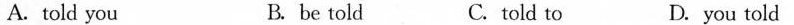
A. told you B. be told C. told to D.you told